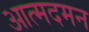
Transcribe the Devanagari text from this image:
आत्मदमन